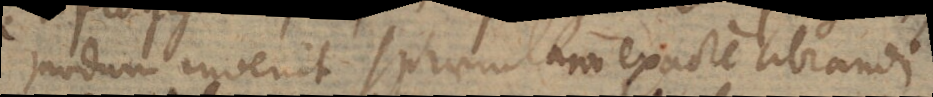
modum invenit sphaerulam exacte librandi